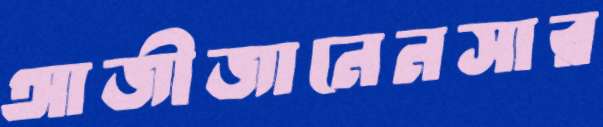
আজীজানেনসার